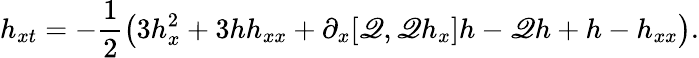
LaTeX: h_{xt}=-\frac{1}{2}\left(3h_{x}^{2}+3hh_{xx}+\partial_{x}[\mathscr{Q},\mathscr{Q}h_{x}]h-\mathscr{Q}h+h-h_{xx}\right).